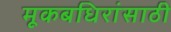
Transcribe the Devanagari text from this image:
मूकबधिरांसाठी